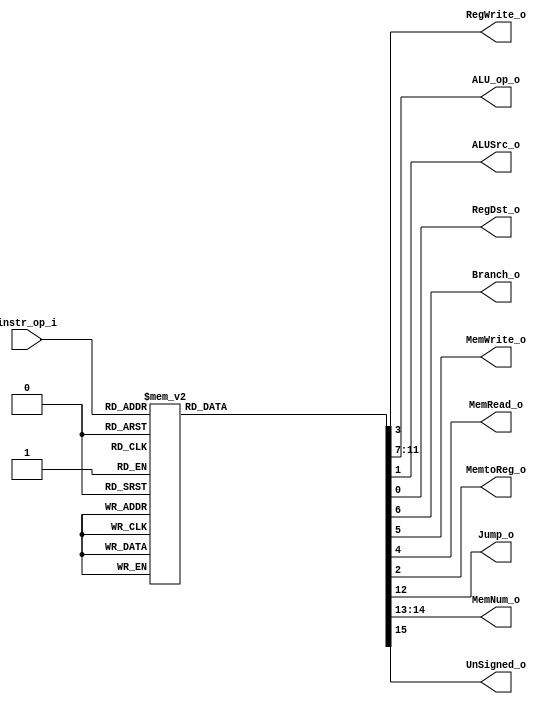

module Decoder(
    		instr_op_i,
			RegWrite_o,
			ALU_op_o,
			ALUSrc_o,
			RegDst_o,
			Branch_o,
			MemWrite_o,
			MemRead_o,
			MemtoReg_o,
			Jump_o,
			MemNum_o,
			UnSigned_o
			);
     
//I/O ports
input  [6-1:0] instr_op_i;

output         RegWrite_o;
output [5-1:0] ALU_op_o;
output         ALUSrc_o;
output         RegDst_o;
output         Branch_o;
output		   MemWrite_o;
output		   MemRead_o;
output		   MemtoReg_o;
output         Jump_o;
output [2-1:0] MemNum_o;
output         UnSigned_o;
 
//Internal Signals
reg    [5-1:0] ALU_op_o;
reg            ALUSrc_o;
reg            RegWrite_o;
reg            RegDst_o;
reg            Branch_o;
reg			   MemWrite_o;
reg			   MemRead_o;
reg			   MemtoReg_o;
reg 		   Jump_o;
reg    [2-1:0] MemNum_o;
reg            UnSigned_o;

//Parameter

//Define ALU_op_o
`define NOTH_o 5'b00000
`define ADD_o  5'b00001
`define ADDU_o 5'b00010
`define SUB_o  5'b00011
`define AND_o  5'b00100
`define OR_o   5'b00101
`define XOR_o  5'b00110
`define NOR_o  5'b00111
`define NAND_o 5'b01000
`define SMAL_o 5'b01001
`define LEFT_o 5'b01010
`define RIGH_o 5'b01011
`define RS_o   5'b01100
`define EQUA_o 5'b01101
`define NEQU_o 5'b01110
`define BIG_o  5'b01111
`define JTYP_o 5'b10000
`define LUI_o  5'b10001
`define ORI_o  5'b10011
`define ANDI_o 5'b10100
`define NORI_o 5'b10101

//Define instr_op_i
`define RTYP  6'h00
`define ADDI  6'h08
`define ADDIU 6'h09
`define LW    6'h23
`define LH    6'h21
`define LHU   6'h25
`define LB    6'h20
`define LBU   6'h24
`define SW    6'h2B
`define SH    6'h29
`define SB    6'h28
`define LUI   6'h0F
`define ANDI  6'h0C
`define ORI   6'h0D
`define NORI  6'h0E
`define SLTI  6'h0A
`define BEQ   6'h04
`define BNE   6'h05
`define BGTZ  6'h07
`define JUMP  6'h02
`define JAL   6'h03
`define HALT  6'h3F

//Main function
always @(*) begin
	case (instr_op_i)
		`RTYP: begin
			RegDst_o = 1;
			ALUSrc_o = 0;
			MemtoReg_o = 0;
			RegWrite_o = 1;
			MemRead_o = 0;
	 		MemWrite_o = 0;
			Branch_o = 0;
			ALU_op_o = `NOTH_o;
			Jump_o = 0;
			MemNum_o = 0;
			UnSigned_o = 0;
		end
		`ADDI: begin
			RegDst_o = 0;
			ALUSrc_o = 1;
			MemtoReg_o = 0;
			RegWrite_o = 1;
			MemRead_o = 0;
	 		MemWrite_o = 0;
			Branch_o = 0;
			ALU_op_o = `ADD_o;
			Jump_o = 0;
			MemNum_o= 0;
			UnSigned_o = 0;
		end
		`ADDIU: begin
			RegDst_o = 0;
			ALUSrc_o = 1;
			MemtoReg_o = 0;
			RegWrite_o = 1;
			MemRead_o = 0;
	 		MemWrite_o = 0;
			Branch_o = 0;
			ALU_op_o = `ADDU_o;
			Jump_o = 0;
			MemNum_o= 0;
			UnSigned_o = 1;
		end
		`LW: begin
			RegDst_o = 0;
			ALUSrc_o = 1;
			MemtoReg_o = 1;
			RegWrite_o = 1;
			MemRead_o = 1;
	 		MemWrite_o = 0;
			Branch_o = 0;
			ALU_op_o = `ADD_o;
			Jump_o = 0;
			MemNum_o = 2'b11;
			UnSigned_o = 0;
		end
		`LH: begin
			RegDst_o = 0;
			ALUSrc_o = 1;
			MemtoReg_o = 1;
			RegWrite_o = 1;
			MemRead_o = 1;
	 		MemWrite_o = 0;
			Branch_o = 0;
			ALU_op_o = `ADD_o;
			Jump_o = 0;
			MemNum_o= 2'b10;
			UnSigned_o = 0;
		end
		`LHU: begin
			RegDst_o = 0;
			ALUSrc_o = 1;
			MemtoReg_o = 1;
			RegWrite_o = 1;
			MemRead_o = 1;
	 		MemWrite_o = 0;
			Branch_o = 0;
			ALU_op_o = `ADD_o;
			Jump_o = 0;
			MemNum_o= 2'b10;
			UnSigned_o = 1;
		end
		`LB: begin
			RegDst_o = 0;
			ALUSrc_o = 1;
			MemtoReg_o = 1;
			RegWrite_o = 1;
			MemRead_o = 1;
	 		MemWrite_o = 0;
			Branch_o = 0;
			ALU_op_o = `ADD_o;
			Jump_o = 0;
			MemNum_o= 2'b01;
			UnSigned_o = 0;
		end
		`LBU: begin
			RegDst_o = 0;
			ALUSrc_o = 1;
			MemtoReg_o = 1;
			RegWrite_o = 1;
			MemRead_o = 1;
	 		MemWrite_o = 0;
			Branch_o = 0;
			ALU_op_o = `ADD_o;
			Jump_o = 0;
			MemNum_o= 2'b01;
			UnSigned_o = 1;
		end
		`SW: begin
			RegDst_o = 0;
			ALUSrc_o = 1;
			MemtoReg_o = 0;
			RegWrite_o = 0;
			MemRead_o = 0;
 			MemWrite_o = 1;
			Branch_o = 0;
			ALU_op_o = `ADD_o;
			Jump_o = 0;
			MemNum_o= 2'b11;
			UnSigned_o = 0;
		end
		`SH: begin
			RegDst_o = 0;
			ALUSrc_o = 1;
			MemtoReg_o = 0;
			RegWrite_o = 0;
			MemRead_o = 0;
	 		MemWrite_o = 1;
			Branch_o = 0;
			ALU_op_o = `ADD_o;
			Jump_o = 0;
			MemNum_o= 2'b10;
			UnSigned_o = 0;
		end
		`SB: begin 
			RegDst_o = 0;
			ALUSrc_o = 1;
			MemtoReg_o = 0;
			RegWrite_o = 0;
			MemRead_o = 0;
	 		MemWrite_o = 1;
			Branch_o = 0;
			ALU_op_o = `ADD_o;
			Jump_o = 0;
			MemNum_o= 2'b01;
			UnSigned_o = 0;
		end
		`LUI: begin
			RegDst_o = 0;
			ALUSrc_o = 1;
			MemtoReg_o = 0;
			RegWrite_o = 1;
			MemRead_o = 0;
	 		MemWrite_o = 0;
			Branch_o = 0;
			ALU_op_o = `LUI_o;
			Jump_o = 0;
			MemNum_o= 0;
			UnSigned_o = 0;
		end
		`BEQ: begin 
			RegDst_o = 0;
			ALUSrc_o = 0;
			MemtoReg_o = 0;
			RegWrite_o = 0;
			MemRead_o = 0;
	 		MemWrite_o = 0;
			Branch_o = 1;
			ALU_op_o = `EQUA_o;
			Jump_o = 0;
			MemNum_o= 0;
			UnSigned_o = 0;
		end
		`ANDI: begin
			RegDst_o = 0;
			ALUSrc_o = 1;
			MemtoReg_o = 0;
			RegWrite_o = 1;
			MemRead_o = 0;
	 		MemWrite_o = 0;
			Branch_o = 0;
			ALU_op_o = `ANDI_o;
			Jump_o = 0;
			MemNum_o= 0;
			UnSigned_o = 0;
		end
		`ORI: begin
			RegDst_o = 0;
			ALUSrc_o = 1;
			MemtoReg_o = 0;
			RegWrite_o = 1;
			MemRead_o = 0;
	 		MemWrite_o = 0;
			Branch_o = 0;
			ALU_op_o = `ORI_o;
			Jump_o = 0;
			MemNum_o= 0;
			UnSigned_o = 0;
		end
		`NORI: begin
			RegDst_o = 0;
			ALUSrc_o = 1;
			MemtoReg_o = 0;
			RegWrite_o = 1;
			MemRead_o = 0;
	 		MemWrite_o = 0;
			Branch_o = 0;
			ALU_op_o = `NORI_o;
			Jump_o = 0;
			MemNum_o= 0;
			UnSigned_o = 0;
		end
	 	`SLTI: begin
			RegDst_o = 0;
			ALUSrc_o = 1;
			MemtoReg_o = 0;
			RegWrite_o = 1;
			MemRead_o = 0;
	 		MemWrite_o = 0;
			Branch_o = 0;
			ALU_op_o = `SMAL_o;
			Jump_o = 0;
			MemNum_o= 0;
			UnSigned_o = 0;
		end
		`BNE: begin
			RegDst_o = 0;
			ALUSrc_o = 0;
			MemtoReg_o = 0;
			RegWrite_o = 0;
			MemRead_o = 0;
	 		MemWrite_o = 0;
			Branch_o = 1;
			ALU_op_o = `NEQU_o;
			Jump_o = 0;
			MemNum_o= 0;
			UnSigned_o = 0;
		end
		`BGTZ: begin
			RegDst_o = 0;
			ALUSrc_o = 0;
			MemtoReg_o = 0;
			RegWrite_o = 0;
			MemRead_o = 0;
	 		MemWrite_o = 0;
			Branch_o = 1;
			ALU_op_o = `BIG_o;
			Jump_o = 0;
			MemNum_o= 0;
			UnSigned_o = 0;
		end
		`JAL: begin
			RegDst_o = 0;
			ALUSrc_o = 0;
			MemtoReg_o = 0;
			RegWrite_o = 1;
			MemRead_o = 0;
	 		MemWrite_o = 0;
			Branch_o = 0;
			ALU_op_o = `JTYP_o;
			Jump_o = 1;
			MemNum_o= 0;
			UnSigned_o = 0;
		end
		`JUMP: begin
			RegDst_o = 0;
			ALUSrc_o = 0;
			MemtoReg_o = 0;
			RegWrite_o = 0;
			MemRead_o = 0;
	 		MemWrite_o = 0;
			Branch_o = 0;
			ALU_op_o = `JTYP_o;
			Jump_o = 1;
			MemNum_o= 0;
			UnSigned_o = 0;
		end
		default: begin
			RegDst_o = 0;
                        ALUSrc_o = 0;
                        MemtoReg_o = 0;
                        RegWrite_o = 0;
                        MemRead_o = 0;
                        MemWrite_o = 0;
                        Branch_o = 0;
                        ALU_op_o = 0;
                        Jump_o = 0;
                        MemNum_o= 0;
                        UnSigned_o = 0;
		end
	endcase
end

endmodule